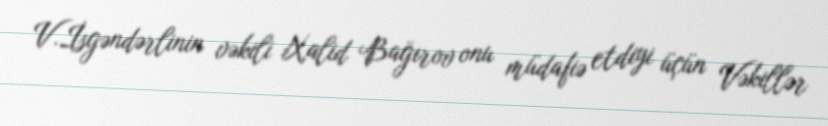
V.İsgəndərlinin vəkili Xalid Bağırov onu müdafiə etdiyi üçün Vəkillər